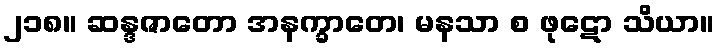
၂၁၈။ ဆန္ဒဇာတော အနက္ခာတေ၊ မနသာ စ ဖုဋော သိယာ။